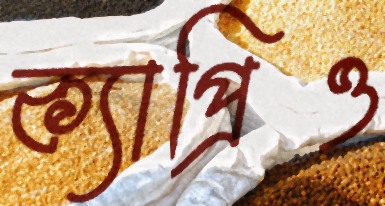
ক্যাপ্রিও